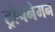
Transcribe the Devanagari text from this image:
ट्रोपनेमन